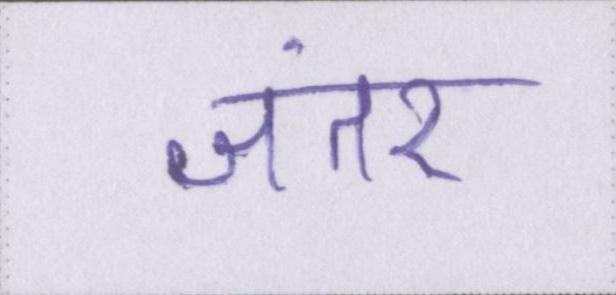
जंतर